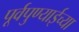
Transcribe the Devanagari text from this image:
पूर्वपुण्याईच्या